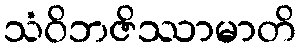
သံဝိဘဇိဿာမာတိ